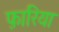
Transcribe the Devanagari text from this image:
फ़ारिया